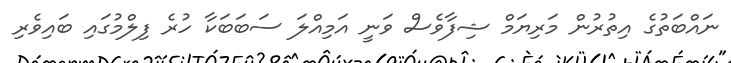
ނައްބަތުގެ އިތުރުން މަރިޔަމް ޝިފާވެސް ވަނީ އަމިއްލަ ސަބަބަކާ ހުރެ ފިލްމުގައި ބައިވެރި